Civil Veterinary Department Bihar reports 1936-40 - 1936-1940
Year: 1936
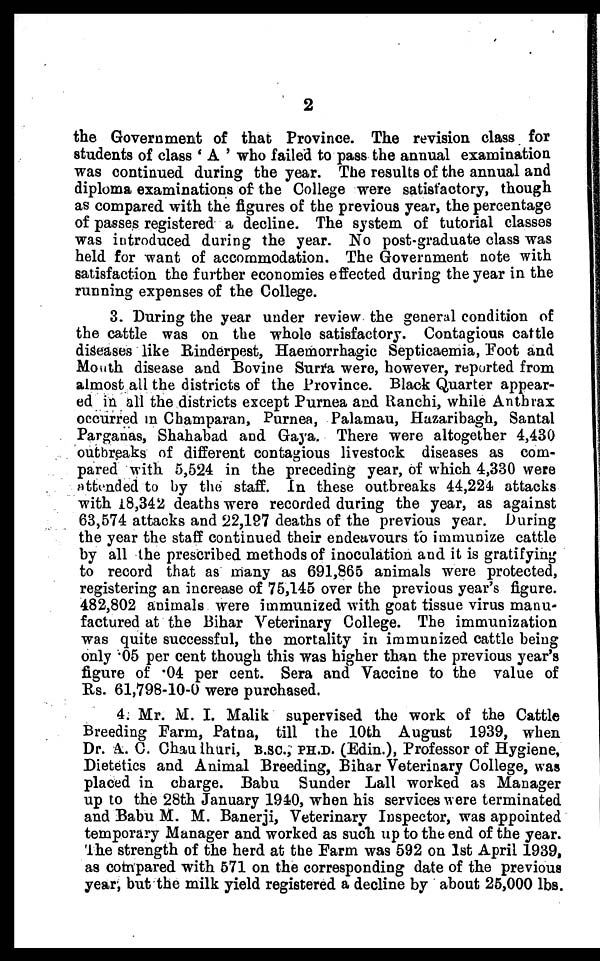
2
the Government of that Province. The revision class for
students of class 'A' who failed to pass the annual examination
was continued during the year. The results of the annual and
diploma examinations of the College were satisfactory, though
as compared with the figures of the previous year, the percentage
of passes registered a decline. The system of tutorial classes
was introduced during the year. No post-graduate class was
held for want of accommodation. The Government note with
satisfaction the further economies effected during the year in the
running expenses of the College.
3. During the year under review the general condition of
the cattle was on the whole satisfactory. Contagious cattle
diseases like Rinderpest, Haemorrhagic Septicaemia, Foot and
Mouth disease and Bovine Surra were, however, reported from
almost all the districts of the Province. Black Quarter appear-
ed in all the districts except Purnea and Ranchi, while Anthrax
occurred in Champaran, Purnea, Palamau, Hazaribagh, Santal
Parganas, Shahabad and Gaya. There were altogether 4,430
outbreaks of different contagious livestock diseases as com-
pared with 5,524 in the preceding year, of which 4,330 were
attended to by the staff. In these outbreaks 44,224 attacks
with 18,342 deaths were recorded during the year, as against
63,574 attacks and 22,197 deaths of the previous year. During
the year the staff continued their endeavours to immunize cattle
by all the prescribed methods of inoculation and it is gratifying
to record that as many as 691,865 animals were protected,
registering an increase of 75,145 over the previous year's figure.
482,802 animals were immunized with goat tissue virus manu-
factured at the Bihar Veterinary College. The immunization
was quite successful, the mortality in immunized cattle being
only .05 per cent though this was higher than the previous year's
figure of .04 per cent. Sera and Vaccine to the value of
Rs. 61,798-10-0 were purchased.
4. Mr. M. I. Malik supervised the work of the Cattle
Breeding Farm, Patna, till the 10th August 1939, when
Dr. A. C. Chaudhuri, B.sc, PH.D. (Edin.), Professor of Hygiene,
Dietetics and Animal Breeding, Bihar Veterinary College, was
placed in charge. Babu Sunder Lall worked as Manager
up to the 28th January 1940, when his services were terminated
and Babu M. M. Banerji, Veterinary Inspector, was appointed
temporary Manager and worked as such up to the end of the year.
The strength of the herd at the Farm was 592 on 1st April 1939,
as compared with 571 on the corresponding date of the previous
year, but the milk yield registered a decline by about 25,000 lbs.